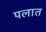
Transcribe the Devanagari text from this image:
पलात